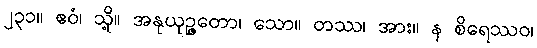
၂၃၁။ ဧဝံ၊ သို့။ အနုယုဉ္ဇတော၊ သော။ တဿ၊ အား။ န စိရေဿဝ၊